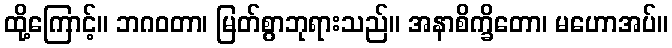
ထို့ကြောင့်။ ဘဂဝတာ၊ မြတ်စွာဘုရားသည်။ အနာစိက္ခိတော၊ မဟောအပ်။